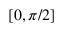
[ 0 , \pi / 2 ]